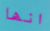
انها